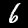
Label: 6